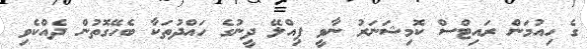
ގެ ހިއުމަން ރައިޓްސް ކޮމިޝަނަރު ނާވީ ޕިއްލޭ ދީނުގެ ހައްދުތަކާ ބެހޭގޮތުން ދެއްކެވި